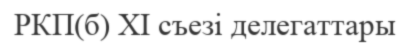
РКП(б) XI съезі делегаттары